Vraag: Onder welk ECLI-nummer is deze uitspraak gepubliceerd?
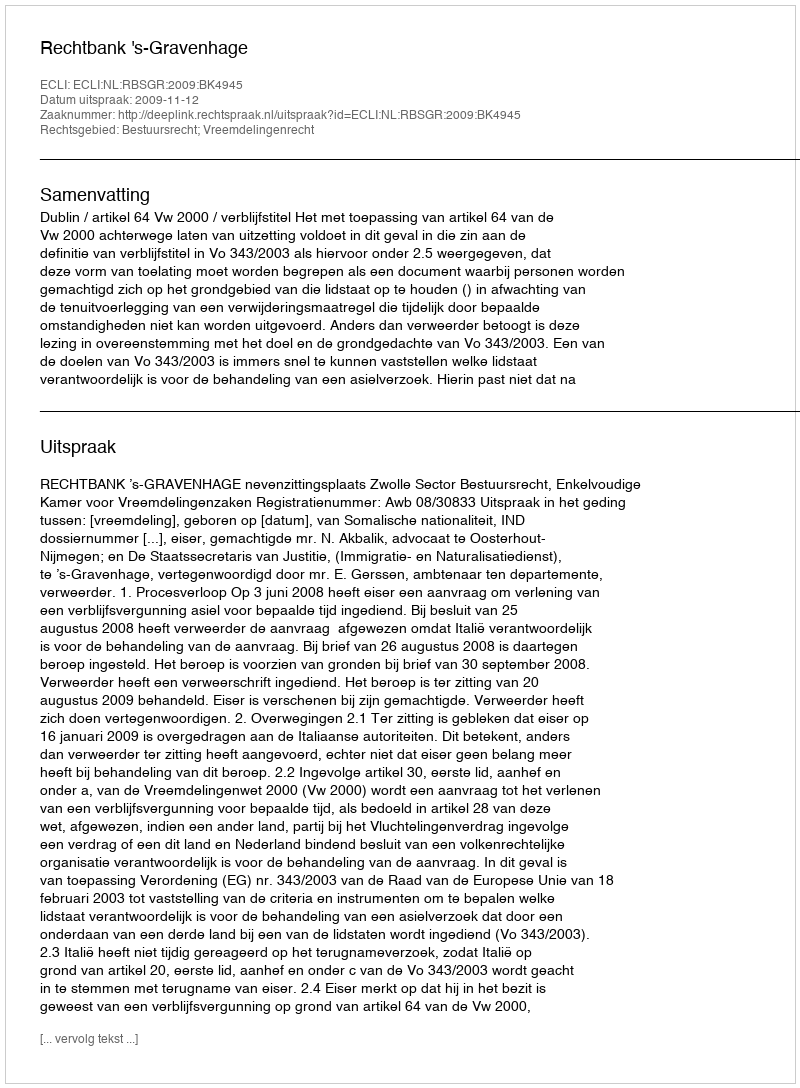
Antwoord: ECLI:NL:RBSGR:2009:BK4945